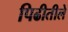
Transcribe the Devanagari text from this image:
पिढीतीले